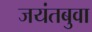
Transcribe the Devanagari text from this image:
जयंतबुवा